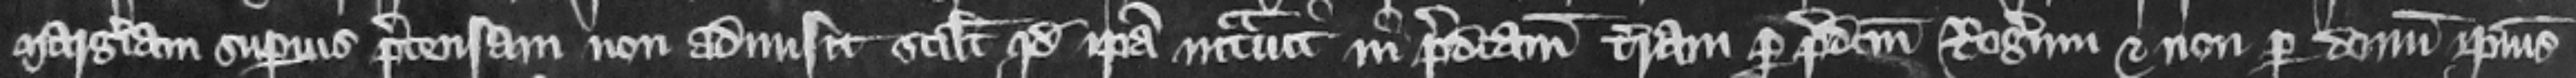
Margeriam superius pretensam non admisit scilicet quod ipsa intrauit in predictam terram per predictum Rogerum et non per donum ipsius